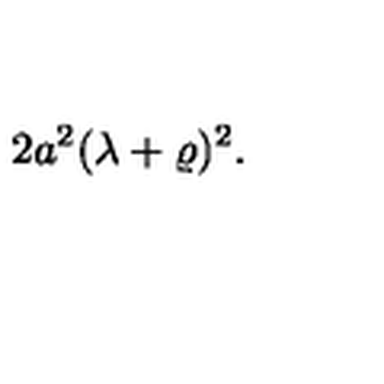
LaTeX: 2 a ^ { 2 } ( \lambda + \varrho ) ^ { 2 } .